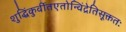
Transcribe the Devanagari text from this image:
शुद्धिंकुर्वीतएतोन्विंद्रेतिसूक्ततः